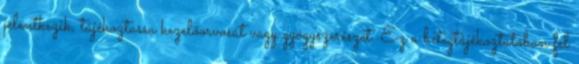
jelentkezik, tájékoztassa kezelőorvosát vagy gyógyszerészét. Ez a betegtájékoztatóban fel